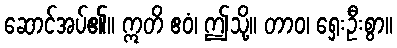
ဆောင်အပ်၏။ ဣတိ ဧဝံ၊ ဤသို့။ တာဝ၊ ရှေးဦးစွာ။